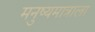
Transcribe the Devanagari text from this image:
मनुष्यमात्राला